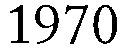
1970